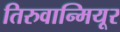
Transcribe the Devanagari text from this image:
तिरुवान्मियूर